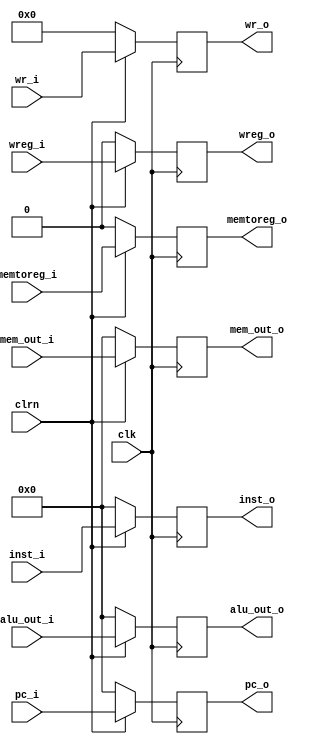
//
// RISC-V RV32I CPU Pipeline Register MEM/WB
//
module memwbreg(clk,clrn,pc_i,inst_i,mem_out_i,alu_out_i,wreg_i,wr_i,memtoreg_i,pc_o,inst_o,mem_out_o,alu_out_o,wreg_o,wr_o,memtoreg_o);
    input             clk, clrn;                             // clock and reset
    input      [31:0] pc_i;                                  // program couter
    input      [31:0] inst_i;                                // instruction
    input      [31:0] mem_out_i;                             // mem output
    input      [31:0] alu_out_i;                             // alu output
    input             wreg_i;                                // write to reg
    input       [4:0] wr_i;                                  // reg to write
    input             memtoreg_i;                            // memory to register


    output reg [31:0] pc_o;                                  // program couter
    output reg [31:0] inst_o;                                // instruction
    output reg [31:0] mem_out_o;                             // mem output
    output reg [31:0] alu_out_o;                             // alu output
    output reg        wreg_o;                                // write to reg
    output reg  [4:0] wr_o;                                  // reg to write
    output reg        memtoreg_o;                            // memory to register  
    
    
    always @ (posedge clk) begin
        if (clrn) begin
            pc_o       <= pc_i;
            inst_o     <= inst_i;
            mem_out_o  <= mem_out_i;
            alu_out_o  <= alu_out_i;
            wreg_o     <= wreg_i;
            wr_o       <= wr_i;
            memtoreg_o <= memtoreg_i;
        end
        else begin
            pc_o       <= 0;
            inst_o     <= 0;
            mem_out_o  <= 0;
            alu_out_o  <= 0;
            wreg_o     <= 0;
            wr_o       <= 0;
            memtoreg_o <= 0;
        end
    end
    
endmodule